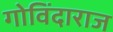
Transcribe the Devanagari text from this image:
गोविंदाराज